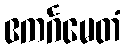
ဧကင်္ဂမေတံ